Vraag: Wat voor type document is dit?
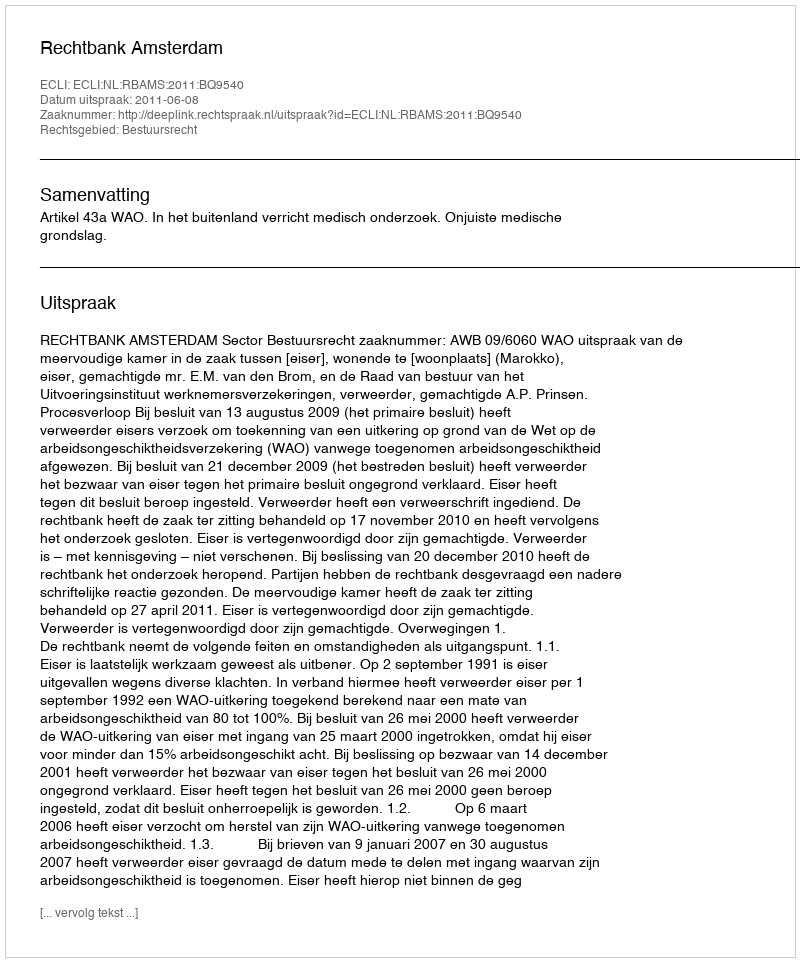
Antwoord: Uitspraak